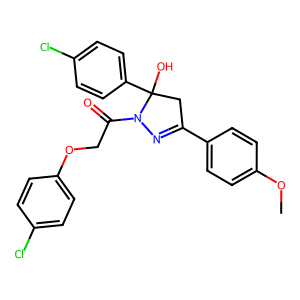
SMILES: COc1ccc(C2=NN(C(=O)COc3ccc(Cl)cc3)C(O)(c3ccc(Cl)cc3)C2)cc1
Inhibits HIV replication: No